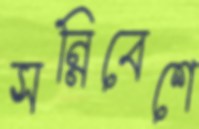
সন্নিবেশে